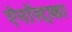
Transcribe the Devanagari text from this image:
ऐनॉस्ट्राका